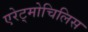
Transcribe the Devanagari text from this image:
एरेट्मोचिलिस